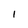
Character: 1